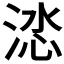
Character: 𭰽